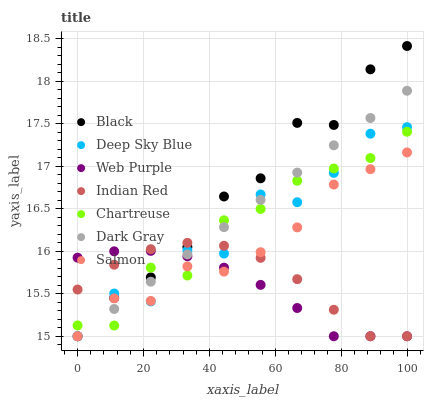
| xaxis_label | Black | Deep Sky Blue | Web Purple | Indian Red | Chartreuse | Dark Gray | Salmon |
 | --- | --- | --- | --- | --- | --- | --- | --- |
 | 0 | 15 | 15 | 15.9 | 15.5 | 15.1 | 15 | 15 |
 | 11.1 | 15.5 | 15.5 | 16 | 15.8 | 15.1 | 15.3 | 15.4 |
 | 22.2 | 15.7 | 15.4 | 16 | 16 | 15.8 | 15.6 | 15.4 |
 | 33.3 | 16.1 | 16 | 15.9 | 16.1 | 15.7 | 16 | 15.8 |
 | 44.4 | 16.6 | 16 | 15.8 | 16.1 | 16.4 | 16.3 | 15.8 |
 | 55.6 | 16.9 | 16.7 | 15.6 | 15.9 | 16.5 | 16.6 | 16 |
 | 66.7 | 17.5 | 16.6 | 15.3 | 15.7 | 16.8 | 16.9 | 16.3 |
 | 77.8 | 17.5 | 16.9 | 15 | 15.3 | 17 | 17.2 | 16.8 |
 | 88.9 | 18.1 | 17.4 | 15 | 15 | 17.1 | 17.6 | 17 |
 | 100 | 18.4 | 17.5 | 15 | 15 | 17.4 | 17.9 | 17.2 |